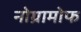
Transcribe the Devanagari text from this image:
नोग्रामोफ